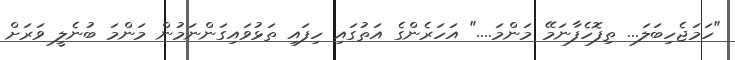
"ހަމަޖެހިބަލަ... ތިފޮހެފާނަމޭ މަންމަ...." އަހަރެންގެ އަތުގައި ހިފައި ތަޅުވައިގަންނަމުން މަންމަ ބުނެލީ ވަރަށް